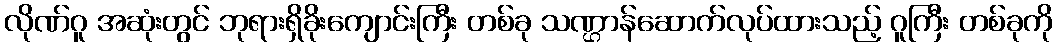
လိုဏ်ဂူ အဆုံးတွင် ဘုရားရှိခိုးကျောင်းကြီး တစ်ခု သဏ္ဌာန်ဆောက်လုပ်ထားသည့် ဂူကြီး တစ်ခုကို